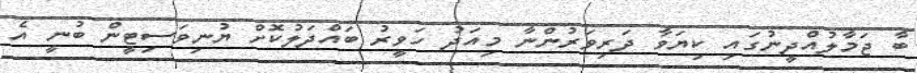
ބާ ޖަމާލުއްދީނުގައި ކިޔަވާ ދަރިވަރުންނާ މިއަދު ހަވީރު ބައްދަލުކޮށް ޔުނިވަސިޓީން ބުނީ އެ